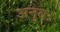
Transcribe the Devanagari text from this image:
अनुवः